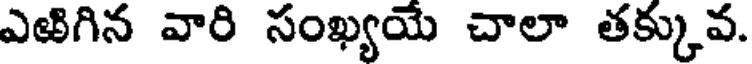
ఎఱిగిన వారి సంఖ్యయే చాలా తక్కువ.